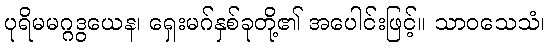
ပုရိမမဂ္ဂဒွယေန၊ ရှေးမဂ်နှစ်ခုတို့၏ အပေါင်းဖြင့်။ သာဝသေသံ၊